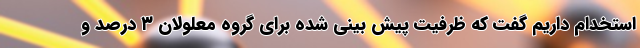
استخدام داریم گفت که ظرفیت پیش بینی شده برای گروه معلولان ۳ درصد و